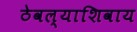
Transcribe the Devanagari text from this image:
ठेवल्याशिवाय